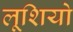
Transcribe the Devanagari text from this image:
लूशियो